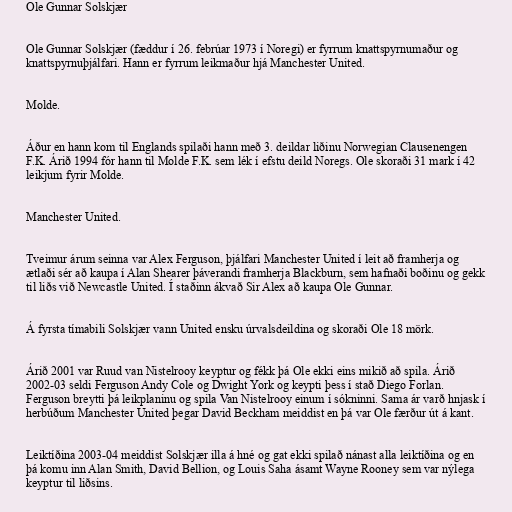
Ole Gunnar Solskjær

Ole Gunnar Solskjær (fæddur í 26. febrúar 1973 í Noregi) er fyrrum knattspyrnumaður og
knattspyrnuþjálfari. Hann er fyrrum leikmaður hjá Manchester United.

Molde.

Áður en hann kom til Englands spilaði hann með 3. deildar liðinu Norwegian Clausenengen
F.K. Árið 1994 fór hann til Molde F.K. sem lék í efstu deild Noregs. Ole skoraði 31 mark í 42
leikjum fyrir Molde.

Manchester United.

Tveimur árum seinna var Alex Ferguson, þjálfari Manchester United í leit að framherja og
ætlaði sér að kaupa í Alan Shearer þáverandi framherja Blackburn, sem hafnaði boðinu og gekk
til liðs við Newcastle United. Í staðinn ákvað Sir Alex að kaupa Ole Gunnar.

Á fyrsta tímabili Solskjær vann United ensku úrvalsdeildina og skoraði Ole 18 mörk.

Árið 2001 var Ruud van Nistelrooy keyptur og fékk þá Ole ekki eins mikið að spila. Árið
2002-03 seldi Ferguson Andy Cole og Dwight York og keypti þess í stað Diego Forlan.
Ferguson breytti þá leikplaninu og spila Van Nistelrooy einum í sókninni. Sama ár varð hnjask í
herbúðum Manchester United þegar David Beckham meiddist en þá var Ole færður út á kant.

Leiktíðina 2003-04 meiddist Solskjær illa á hné og gat ekki spilað nánast alla leiktíðina og en
þá komu inn Alan Smith, David Bellion, og Louis Saha ásamt Wayne Rooney sem var nýlega
keyptur til liðsins.